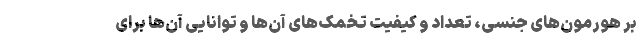
بر هورمون‌های جنسی، تعداد و کیفیت تخمک‌های آن‌ها و توانایی آن‌ها برای